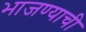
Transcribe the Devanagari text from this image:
भाजण्याची